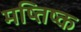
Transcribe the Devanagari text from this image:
मष्तिष्‍क